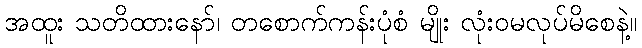
အထူး သတိထားနော်၊ တစောက်ကန်းပုံစံ မျိုး လုံးဝမလုပ်မိစေနဲ့။